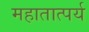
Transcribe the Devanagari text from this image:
महातात्पर्य